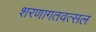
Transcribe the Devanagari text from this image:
शरणागतवत्सल